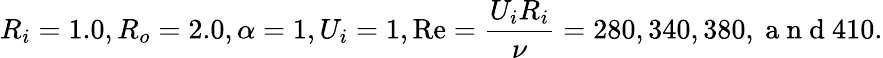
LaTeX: R_{i}=1.0,R_{o}=2.0,\alpha=1,U_{i}=1,\mathrm{Re}=\frac{U_{i}R_{i}}{\nu}=280,340,380,\mathrm{~a~n~d~}410.